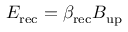
E _ { \mathrm { r e c } } = \beta _ { \mathrm { r e c } } B _ { \mathrm { u p } }